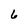
Character: 6